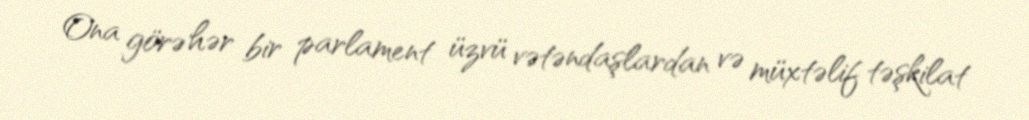
Ona görə hər bir parlament üzvü vətəndaşlardan və müxtəlif təşkilat